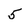
Character: 5